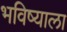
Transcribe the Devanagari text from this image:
भविष्याला